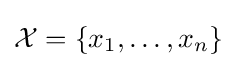
{\mathcal {X}}=\{x_{1},\dots ,x_{n}\}